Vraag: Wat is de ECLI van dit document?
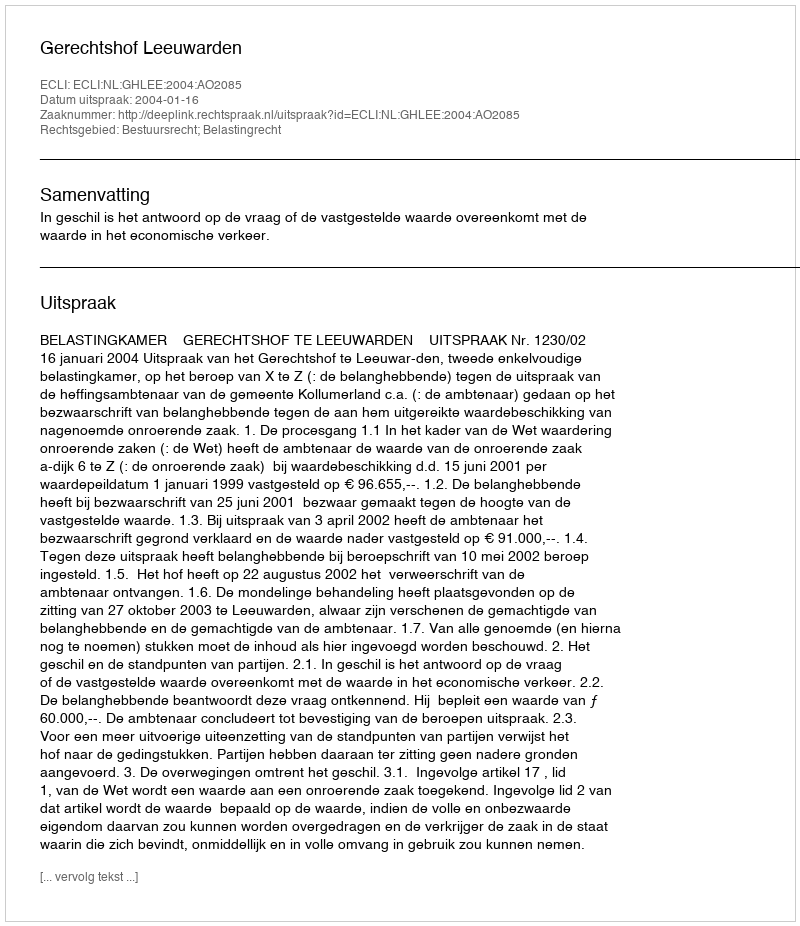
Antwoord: ECLI:NL:GHLEE:2004:AO2085